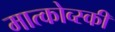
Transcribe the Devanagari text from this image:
मात्कोव्स्की